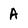
Character: A